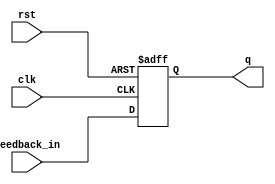
module feedback_register (
    input wire clk,            // Clock signal
    input wire rst,            // Asynchronous reset signal
    input wire feedback_in,     // Feedback input
    output reg q               // Output (current state of the register)
);

// Asynchronous reset and clocked behavior
always @(posedge clk or posedge rst) begin
    if (rst) begin
        q <= 1'b0;             // Reset the register to 0
    end else begin
        q <= feedback_in;      // Capture the feedback input on rising edge of the clock
    end
end

endmodule